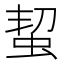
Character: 蛪